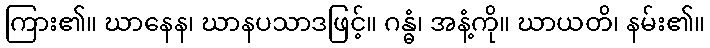
ကြား၏။ ဃာနေန၊ ဃာနပသာဒဖြင့်။ ဂန္ဓံ၊ အနံ့ကို။ ဃာယတိ၊ နမ်း၏။